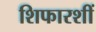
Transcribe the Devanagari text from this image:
शिफारशीं